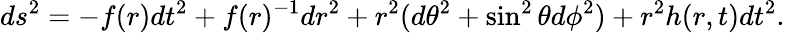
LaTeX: ds^{2}=-f(r)dt^{2}+f(r)^{-1}dr^{2}+r^{2}(d\theta^{2}+\sin^{2}\theta d\phi^{2})+r^{2}h(r,t)dt^{2}.